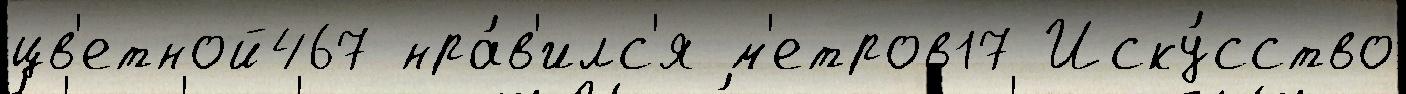
цв'етной467 нра́в'илс'я м'етров17 Иску́сство